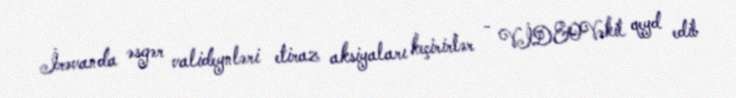
İrəvanda əsgər valideynləri etiraz aksiyaları keçirirlər - VİDEOVəkil qeyd edib